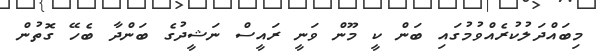
މިބައްދަލުކުރެއްވުމުގައި ބަން ކީ މޫން ވަނީ ރައީސް ނަޝީދުގެ ބަންދާ ބެހޭ ގޮތުން